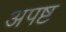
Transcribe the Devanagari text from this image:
अपष्ट